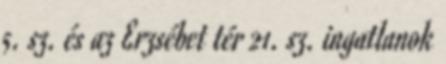
5. sz. és az Erzsébet tér 21. sz. ingatlanok